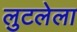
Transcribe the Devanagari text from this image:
लुटलेला